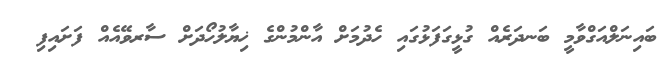
ބައިނަލްއަގްވާމީ ބަނދަރެއް ގުޅީގަފަޅުގައި ހެދުމަށް އާންމުންގެ ޚިޔާލުހޯދަށް ސާރވޭއެއް ފަށައިފި